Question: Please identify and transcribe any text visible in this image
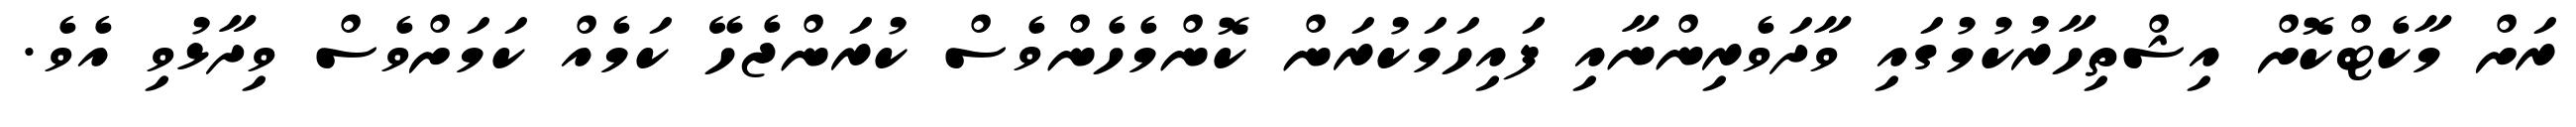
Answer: ރަށް މާކެޓްކޮށް އިޝްތިހާރުކުމުގައި ވާދަވެރިންނާއި ފައިހަމަކުރަން ކޮންމެހެންވެސް ކުރަންޖެހޭ ކަމެއް ކަމަށްވެސް ވިދާޅުވި އެވެ.